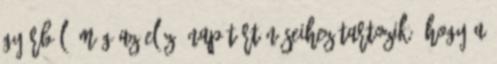
Győrből. Még az előző nap történéseihez tartozik, hogy a